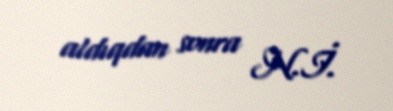
aldıqdan sonra N.İ.